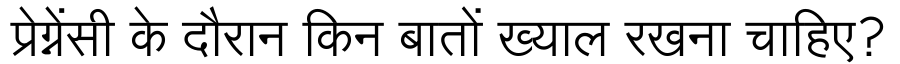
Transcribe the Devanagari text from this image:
प्रेग्नेंसी के दौरान किन बातों ख्याल रखना चाहिए?